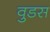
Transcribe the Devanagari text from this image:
वुडस